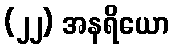
(၂၂) အနရိယော